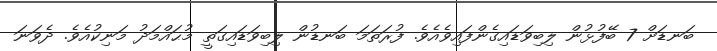
ބަނޑަށް 7 ބޭފުޅުން ލިބިވަޑައިގެންފައިވެއެވެ. ފުރަތަމަ ބަނޑުން ލިބިވަޑައިގަތީ މުޙައްމަދު މަނިކުއެވެ. ދެވަނަ